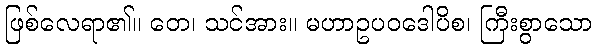
ဖြစ်လေရာ၏။ တေ၊ သင်အား။ မဟာဥပဝဒေါပိစ၊ ကြီးစွာသော